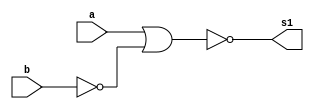
// -------------------------
// Guia_05 - GATES
// Nome: Marcos Antonio Lommez Candido Ribeiro
// 31/08/2022
// -------------------------

module notA_and_B(output s1, input a, input b);
    wire w_1;
    nor NOR1(w_1, b, b);
    nor NOR2(s1, a, w_1);
endmodule

module ex;
    reg a, b;    // independente
    wire s1;

    // nor NOR1(s1, a, b);
    notA_and_B EX05_4(s1, a, b);

    initial
        begin: initial_values
            a = 1'b0; b = 1'b0;
        end

    initial
        begin: main
            $display ( "Marcos Antonio Lommez Candido Ribeiro - 771157" );
            $display ( "Guia05 (~a & b) (with NOR)" );
            $display ( "a b =  s");
            $monitor ( "%b %b =  %b", a, b, s1);

            #1 a = 0; b = 0; 
            #1 a = 0; b = 1;
            #1 a = 1; b = 0;
            #1 a = 1; b = 1;
        end

endmodule